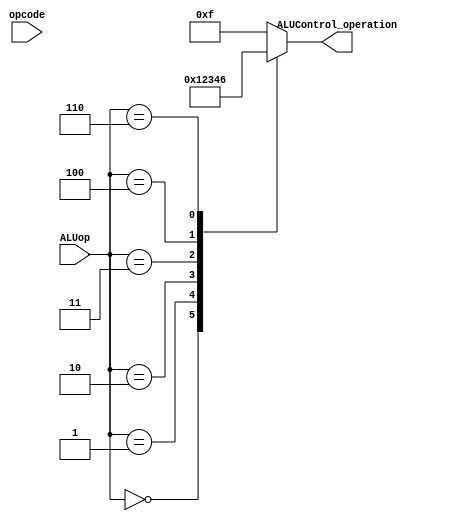
module ALUControl(input [2:0] ALUop, input [5:0] opcode, output reg [3:0] ALUControl_operation );
 
 
 always @(ALUop, opcode)
 begin
    case(ALUop)
		  4'b0000: ALUControl_operation <= 4'b0000;  // SOMA
		  4'b0001: ALUControl_operation <= 4'b0001;  // SUBTRAO
		  4'b0010: ALUControl_operation <= 4'b0010;  // DIFERENTE
		  4'b0011: ALUControl_operation <= 4'b0011;  // MAIOR
		  4'b0100: ALUControl_operation <= 4'b0100;  // MENOR
		  4'b0110: ALUControl_operation <= 4'b0110;  // AND
		  4'b0010: ALUControl_operation <= 4'b1000;  // MULT
		  4'b0110: ALUControl_operation <= 4'b1001;  // DIV
		  default: ALUControl_operation <= 4'b1111;
	  endcase
 end
 
endmodule